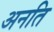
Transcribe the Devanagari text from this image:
अनति